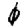
Digit: 0